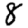
Digit: 8